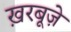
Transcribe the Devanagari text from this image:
ख़रबूज़े